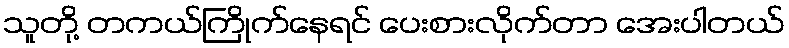
သူတို့ တကယ်ကြိုက်နေရင် ပေးစားလိုက်တာ အေးပါတယ်